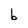
Character: b